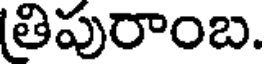
(తిపురాంబ.